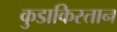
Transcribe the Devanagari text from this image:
कुडाकिस्तान